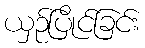
ယှဉ်ပြိုင်ခြင်း